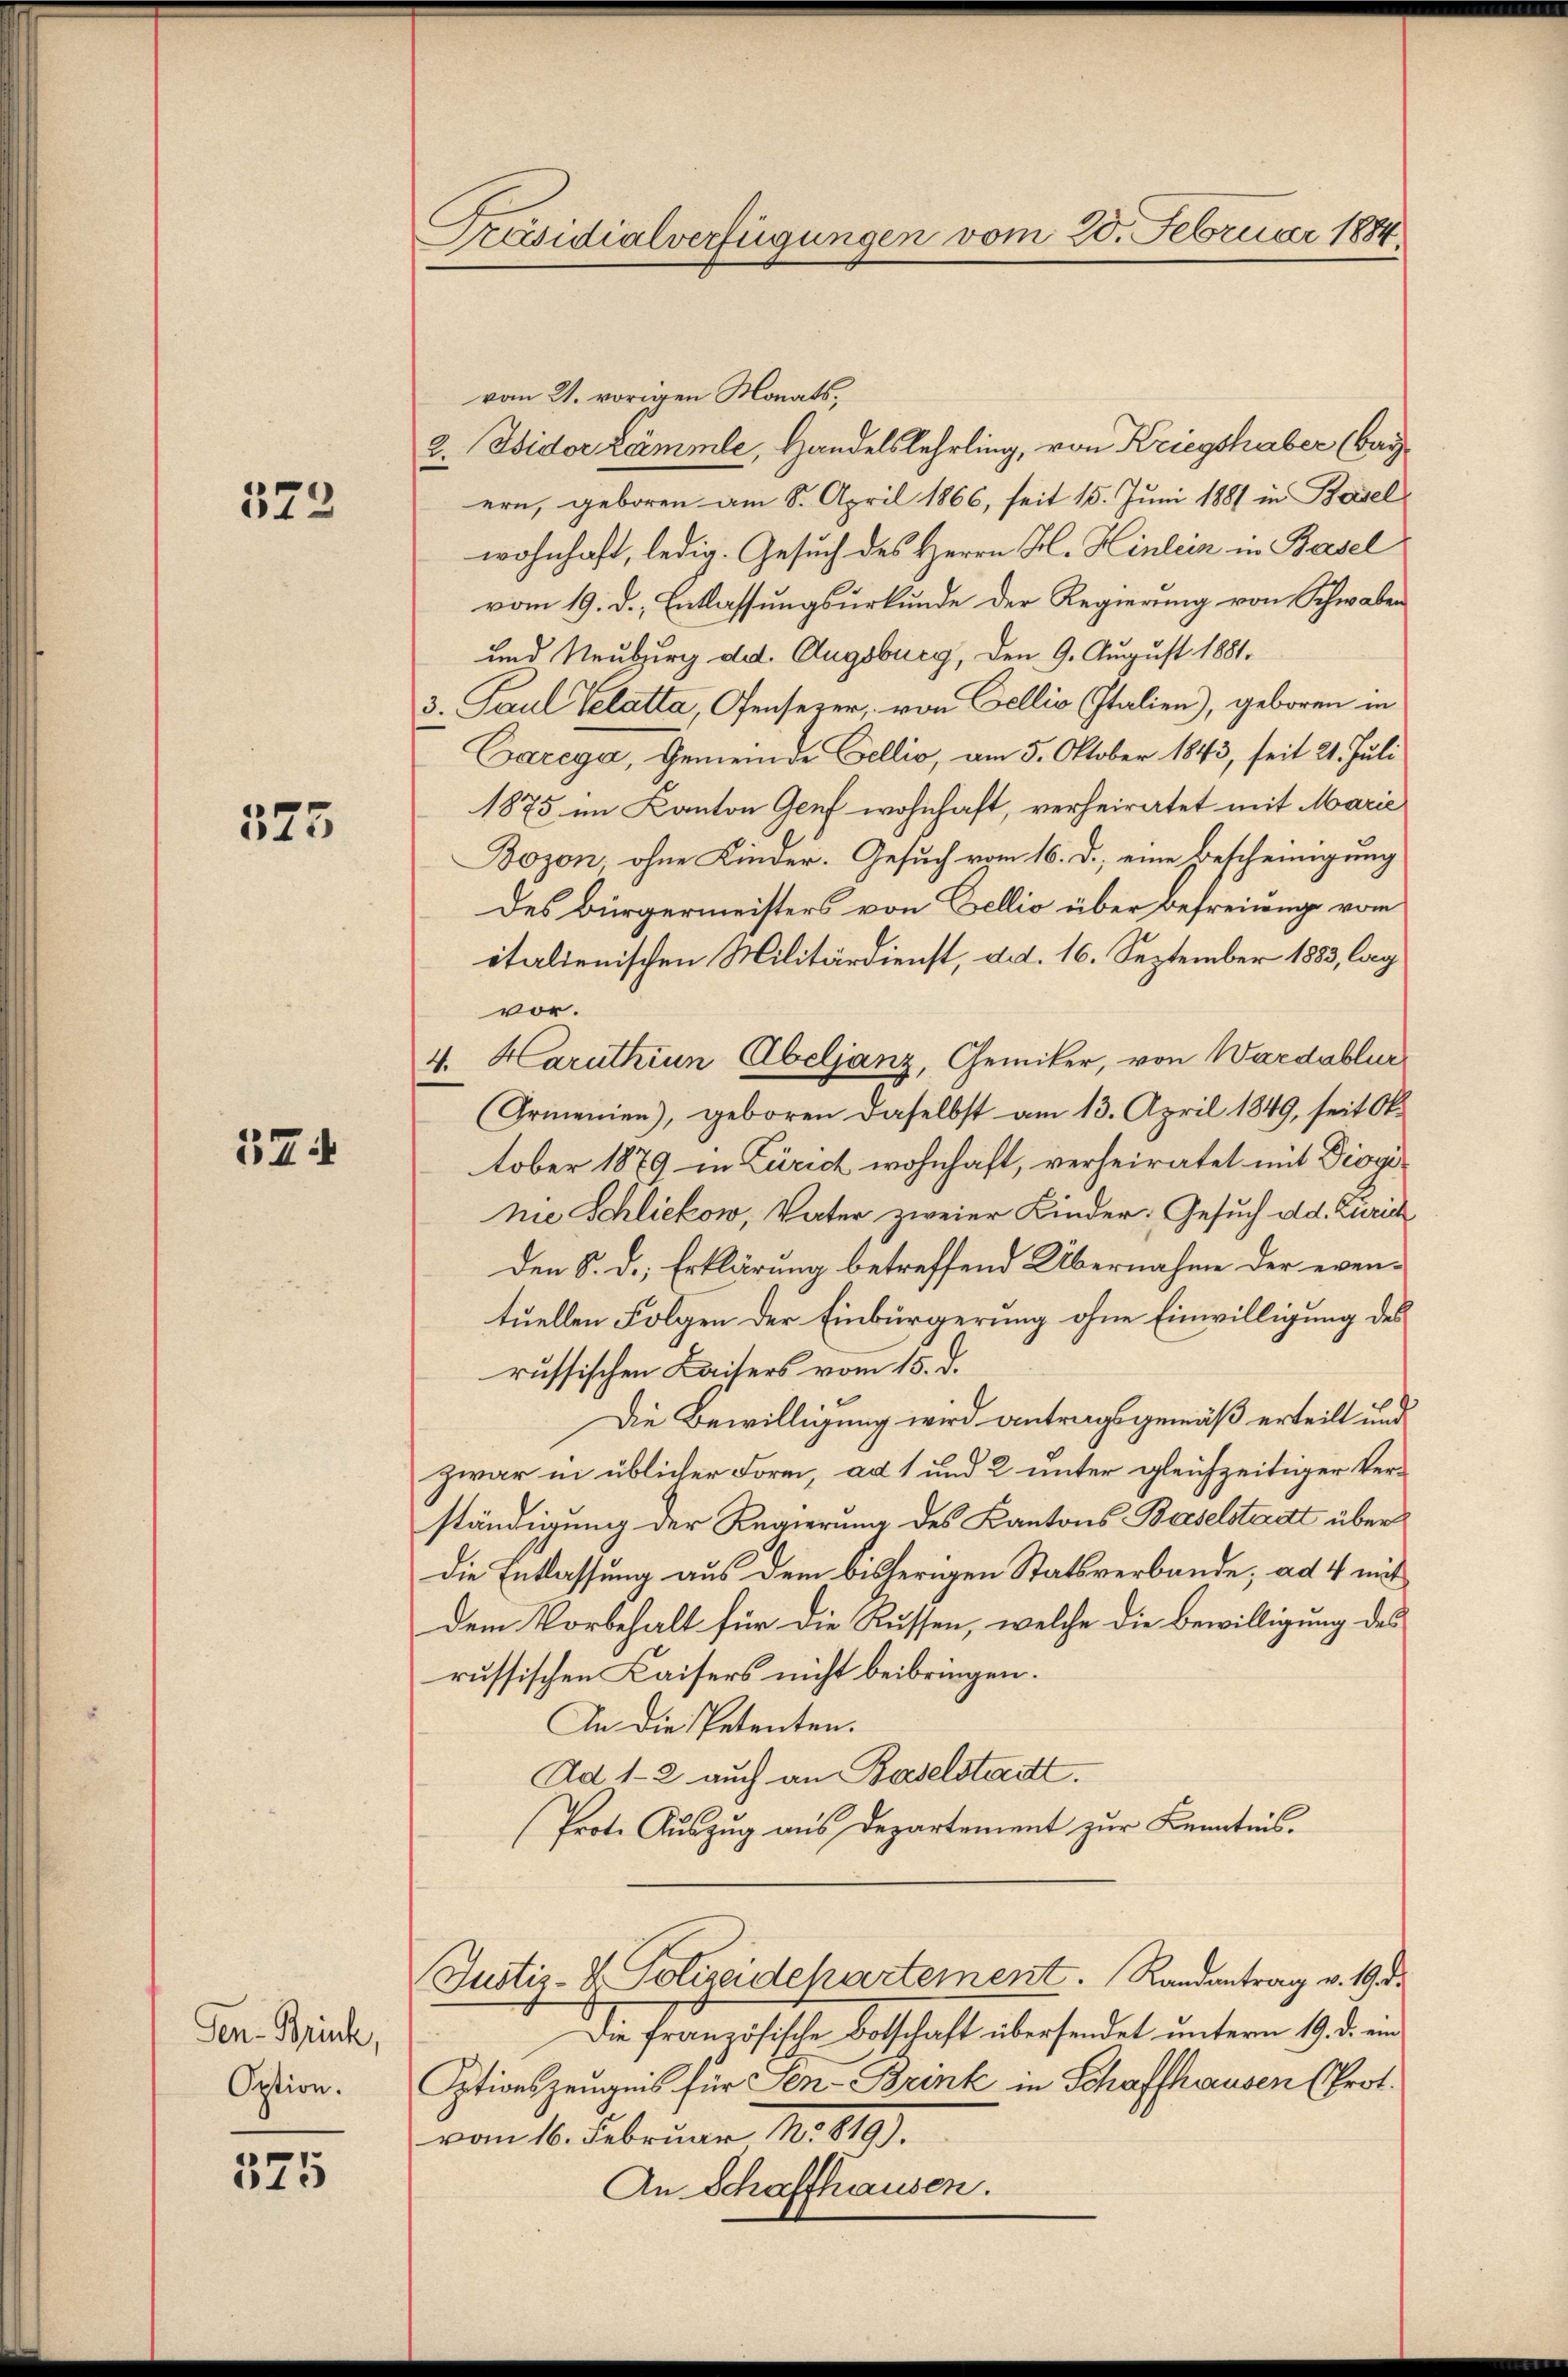
523

375

374

Gen- Brück,
Option.

375

Präsidialverfügungen vom 20. Februar 1884

vom 31. vorigen Monats,
2. Isidor Lämmle, Handelslehrling, von Kriegshaber (Bay
ern, geboren am 8. April 1866, seit 15. Juni 1887 in Basel
wohnhaft, ledig. Gesuch des Herrn H. Hinlein in Basel
vom 19. d. Entlassungsurkunde der Regierung von Schwaben
und Neuburg ded. Augsburg, den 9. August 1881.
3. Paul Gelatta Genserer, von Cellis Italien), geboren in
Carega, Gemeinde Bellio, am 5. Oktober 1843, seit 21. Juli
1875 im Kanton Genf wohnhaft, verheiratet mit Marie
Bozon ohne Kinder. Gesuch vom 16. d. eine Bescheinigung
des Bürgermeisters von Bellio über Befreiung vom
italienischen Militärdienst, ad. 16. September 1883, lag
vor.
4. Haruthiun Abeljanz, Gemiker, von Wardablur
(Armenien), geboren daselbst am 13. April 1849, seit Ok-
tober 1879 in Zürich wohnhaft, verheiratet mit Dioginie Schliekow, Vater zweier Kinder: Gesuch dd. Zürich
den S. d. Erklärung betreffend Übernahme der eventuellen Folgen der Einbürgerung ohne Einwilligung des
russischen Kaisers vom 15. d.
Die Bewilligung wird antragsgemäß erteilt und
zwar in üblicher Form, ad 1 und 2 unter gleichzeitiger Ver-
ständigung der Regierung des Kantons Baselstadt über
Die Entlassung aus dem bisherigen Statsverbande, ad 4 mit
dem Vorbehalt für die Küssen, welche die Bewilligung des
russischen Kaisers nicht beibringen.
An die Petenten.
Ad 1-2 auch an Baselstadtt.
Prote Auszug aus Departement zur Kenntnis.
Justiz- & Polizeidepartement. Randantrag v. 19. d.
Die französische Botschaft übersendet unterm 19. d. ein
Etionszeugnis für Cen-Brink in Schaffhausen (Prot.
vom 16. Februar 1819.
An Schaffhausen.